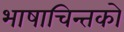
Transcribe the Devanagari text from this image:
भाषाचिन्तको